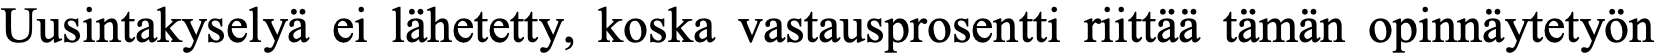
Uusintakyselyä ei lähetetty, koska vastausprosentti riittää tämän opinnäytetyön